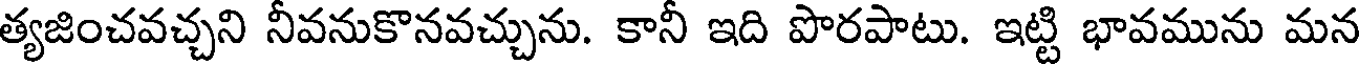
త్యజించవచ్చని నీవనుకొనవచ్చును. కానీ ఇది పొరపాటు. ఇట్టి భావమును మన